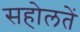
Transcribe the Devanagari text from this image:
सहोलतें